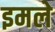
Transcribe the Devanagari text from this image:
इमले